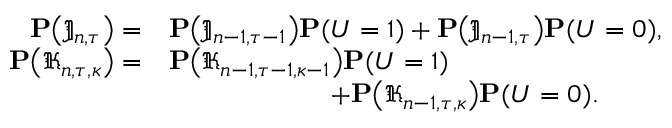
\begin{array} { r l } { \mathbf { P } \big ( \mathfrak { J } _ { n , \tau } \big ) = } & { \mathbf { P } \big ( \mathfrak { J } _ { n - 1 , \tau - 1 } \big ) \mathbf { P } ( U = 1 ) + \mathbf { P } \big ( \mathfrak { J } _ { n - 1 , \tau } \big ) \mathbf { P } ( U = 0 ) , } \\ { \mathbf { P } \big ( \mathfrak { K } _ { n , \tau , \kappa } \big ) = } & { \mathbf { P } \big ( \mathfrak { K } _ { n - 1 , \tau - 1 , \kappa - 1 } \big ) \mathbf { P } ( U = 1 ) } \\ & { \qquad \qquad \qquad + \mathbf { P } \big ( \mathfrak { K } _ { n - 1 , \tau , \kappa } \big ) \mathbf { P } ( U = 0 ) . } \end{array}